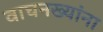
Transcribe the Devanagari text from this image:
वाघनख्यांना